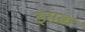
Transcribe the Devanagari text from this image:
इसक्र